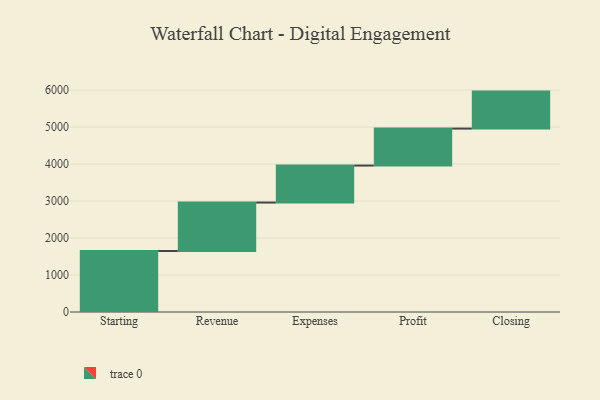
{"axis": {"x": "Step", "y": "Value"}, "legend": [""], "data": [{"x": "Starting", "y": 1650.0, "type": ""}, {"x": "Revenue", "y": 1310.0, "type": ""}, {"x": "Expenses", "y": 1000, "type": ""}, {"x": "Profit", "y": 1000, "type": ""}, {"x": "Closing", "y": 1000, "type": ""}]}